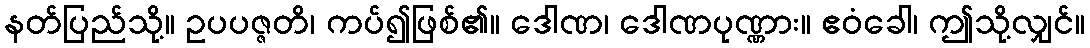
နတ်ပြည်သို့။ ဥပပဇ္ဇတိ၊ ကပ်၍ဖြစ်၏။ ဒေါဏ၊ ဒေါဏပုဏ္ဏား။ ဧဝံခေါ၊ ဤသို့လျှင်။